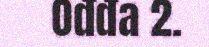
Ođđa 2.